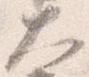
大